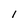
Character: I